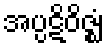
အပ္ပဋိဝိဇ္ဈံ